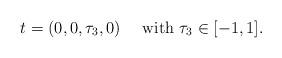
LaTeX: \begin{align*}t=(0,0,\tau_3,0) \quad\mbox{ with }\tau_3 \in [-1,1].\end{align*}